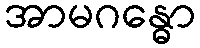
အာမဂန္ဓော